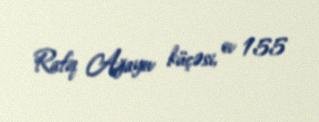
Rafiq Ağayev küçəsi, ev 155